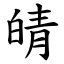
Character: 皘